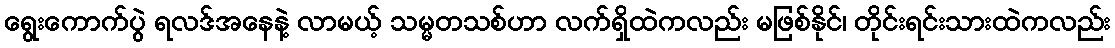
ရွေးကောက်ပွဲ ရလဒ်အနေနဲ့ လာမယ့် သမ္မတသစ်ဟာ လက်ရှိထဲကလည်း မဖြစ်နိုင်၊ တိုင်းရင်းသားထဲကလည်း